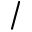
/